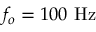
f _ { o } = 1 0 0 ~ \mathrm { H z }